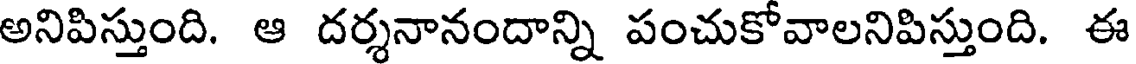
అనిపిస్తుంది. ఆ దర్శనానందాన్ని పంచుకోవాలనిపిస్తుంది. ఈ